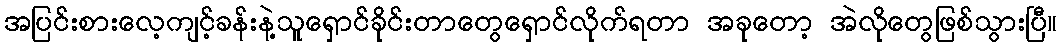
အပြင်းစားလေ့ကျင့်ခန်းနဲ့သူရှောင်ခိုင်းတာတွေရှောင်လိုက်ရတာ အခုတော့ အဲလိုတွေဖြစ်သွားပြီ။